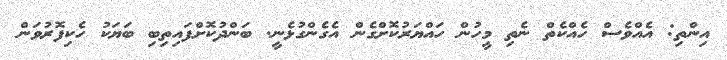
އިންތި: އެއްވެސް ހެއްކެތް ނެތި މީހުން ހައްޔަރުކޮށްގެން އެގެންގުޅެނީ. ބަންދުކޮށްފައިތިބި ބަޔަކު ހެކިފޮރުވަން